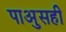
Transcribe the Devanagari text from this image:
पाअुसही